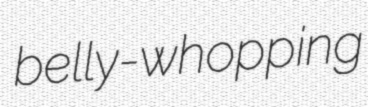
belly-whopping